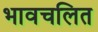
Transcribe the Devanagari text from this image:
भावचलित